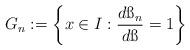
LaTeX: \begin{align*}G_n:=\bigg\{x\in I: \frac{d\ss_n}{d\ss}=1\bigg\}\end{align*}